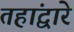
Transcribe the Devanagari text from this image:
तहांद्वारे